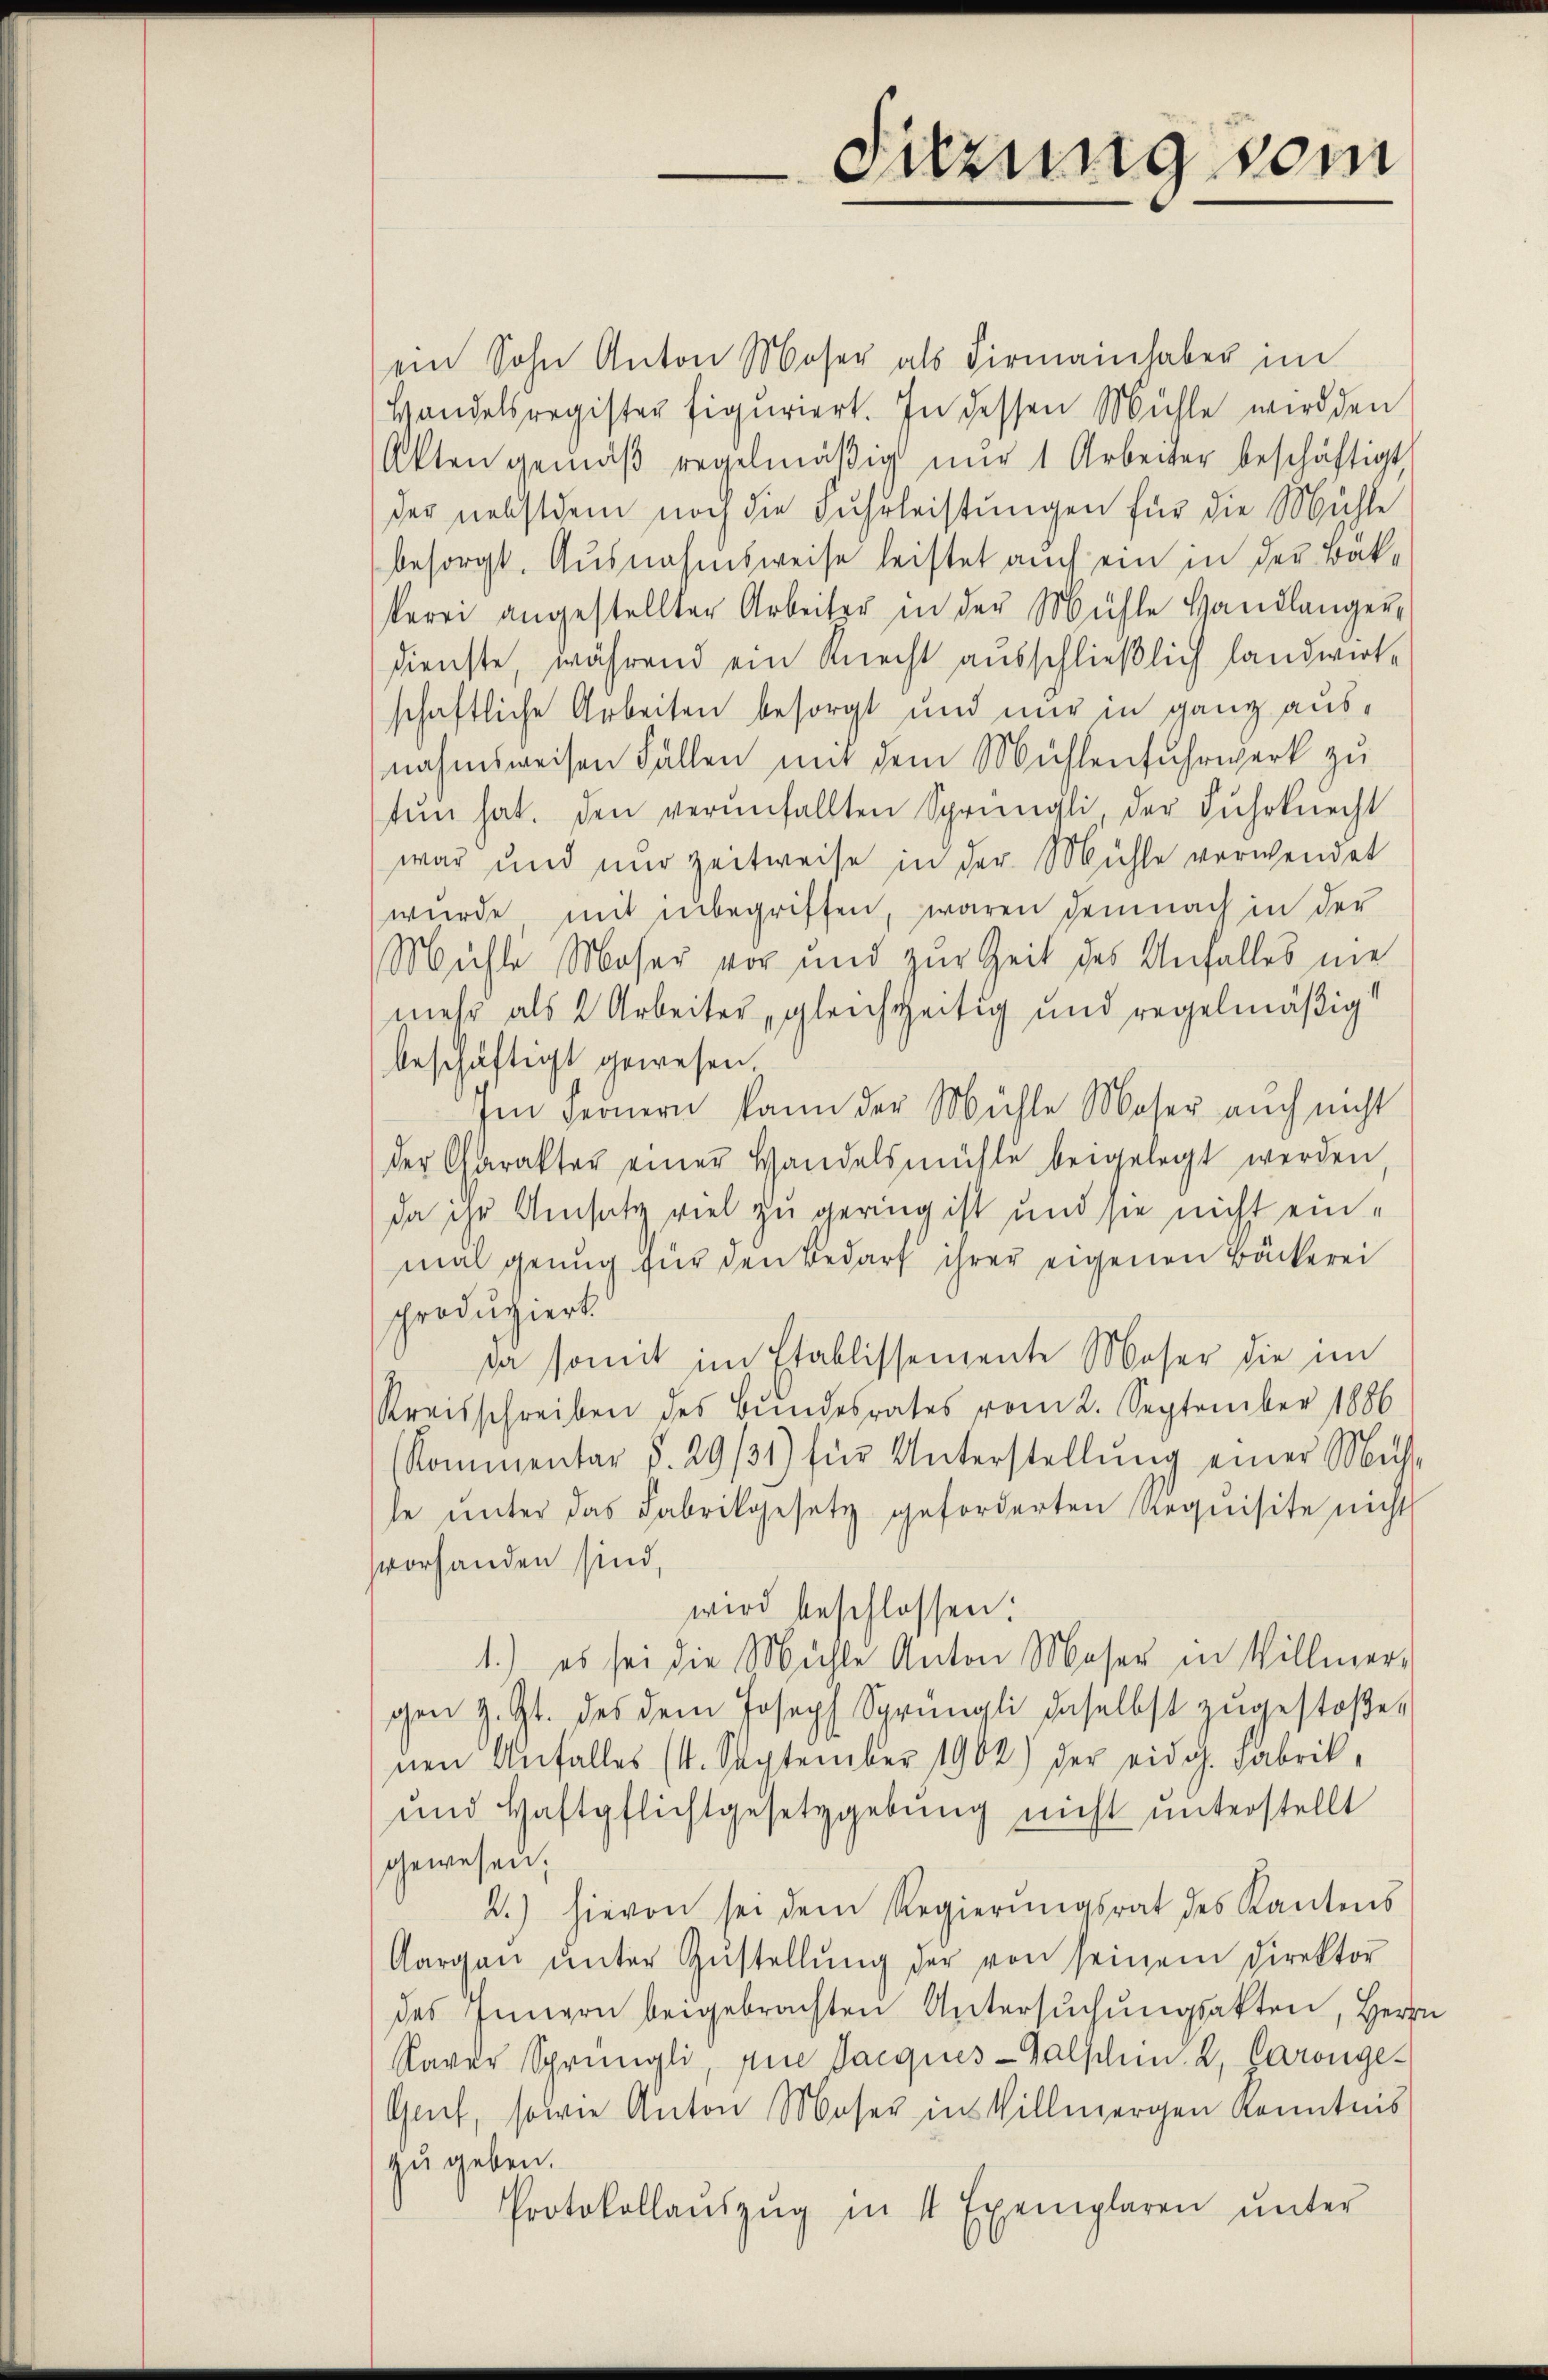
Sizung vom

ein Sohn Anton Moser als Firmainhaber im
Handelsregister figuriert. In dessen Mühle wird den
Akten gemäβ regelmäβig nŭr 1 Arbeiter beschäftigt,
der nebstdem noch die Fuhrleistungen für die Mühle
besorgt. Ausnahmsweise leistet auch ein in der Bäkkerei angestellter Arbeiter in der Mühle Handlanger-
Dienste, während ein Knecht ausschließlich landwirt-
schaftliche Arbeiten besorgt und nur in ganz ausnahmsweisen Fällen mit dem Mühlenfuhrwerk zu
tŭn hat. Den verunfallten Sprüngli der Fuhrknecht
war und nur zeitweise in der Mühle verwendet
wurde mit unbegriffen, waren demnach in der
Mühle Moser vor und zur Zeit des Anfalles nie
mehr als 2 Arbeiter, gleichzeitig und regelmäßig
beschäftigt gewesen.
Im Fernern kann der Mühle Moser auch nicht
der Charakter einer Handelsmühle beigelegt werden,
da ihr Umsatz viel zu gering ist und sie nicht einmal genug für den Bedarf ihrer eigenen Bäckerei
produziert.
da somit im Etablissemente Moser die im
Kreisschreiben des Bundesrates vom 2. September 1886
Kommentar §. 29/31) für Unterstellŭng einer Mus-
le ŭnter das Fabrikgesetz geforderten Requisite nicht
vorhanden sind,
wird beschlossen:
1.) es sei die Mühle Anton Moser in Willmer-
gen z. Zt. des dem Joseph Sprüngli daselbst zugestoßen
nen Unfall(...)(1. September 1902) der eidg. Fabrik¬
und Haftpflichtgesetzgebung nicht ŭnterstellt
gewesen.
2.) hievon sei dem Regierŭngsrat des Kantons
Aargaŭ ŭnter Zŭstellŭng der von seinem Direktor
des Innern beigebrachten Untersŭchŭngsakten, Herr
Kaver Sprüngli, die Sacques-alschen. 2, Caronge¬
Gent, sowie Anton Moser ins Villmergen kanntens
zu geben.
Protokollaŭszŭg in 11 Exemplaren ŭnter

e